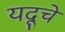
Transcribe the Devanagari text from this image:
यदूचे